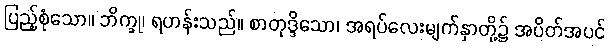
ပြည့်စုံသော။ ဘိက္ခု၊ ရဟန်းသည်။ စာတုဒ္ဒိသော၊ အရပ်လေးမျက်နှာတို့၌ အပိတ်အပင်